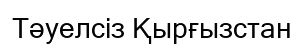
Тәуелсіз Қырғызстан